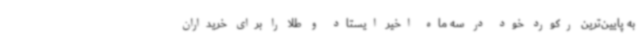
به پایین‌ترین رکورد خود در سه ماه اخیر ایستاد و طلا را برای خریداران